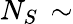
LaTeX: N_{S}\, \sim